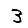
Digit: 3